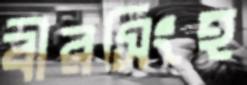
বীরসিংহ